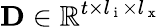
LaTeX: \textbf{D}\in\mathbb{R}^{t\times l_{\mathrm{~i~}}\times l_{\mathrm{~x~}}}